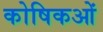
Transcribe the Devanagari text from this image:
कोषिकओं